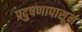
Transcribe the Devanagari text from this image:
प्रदुषणापासून